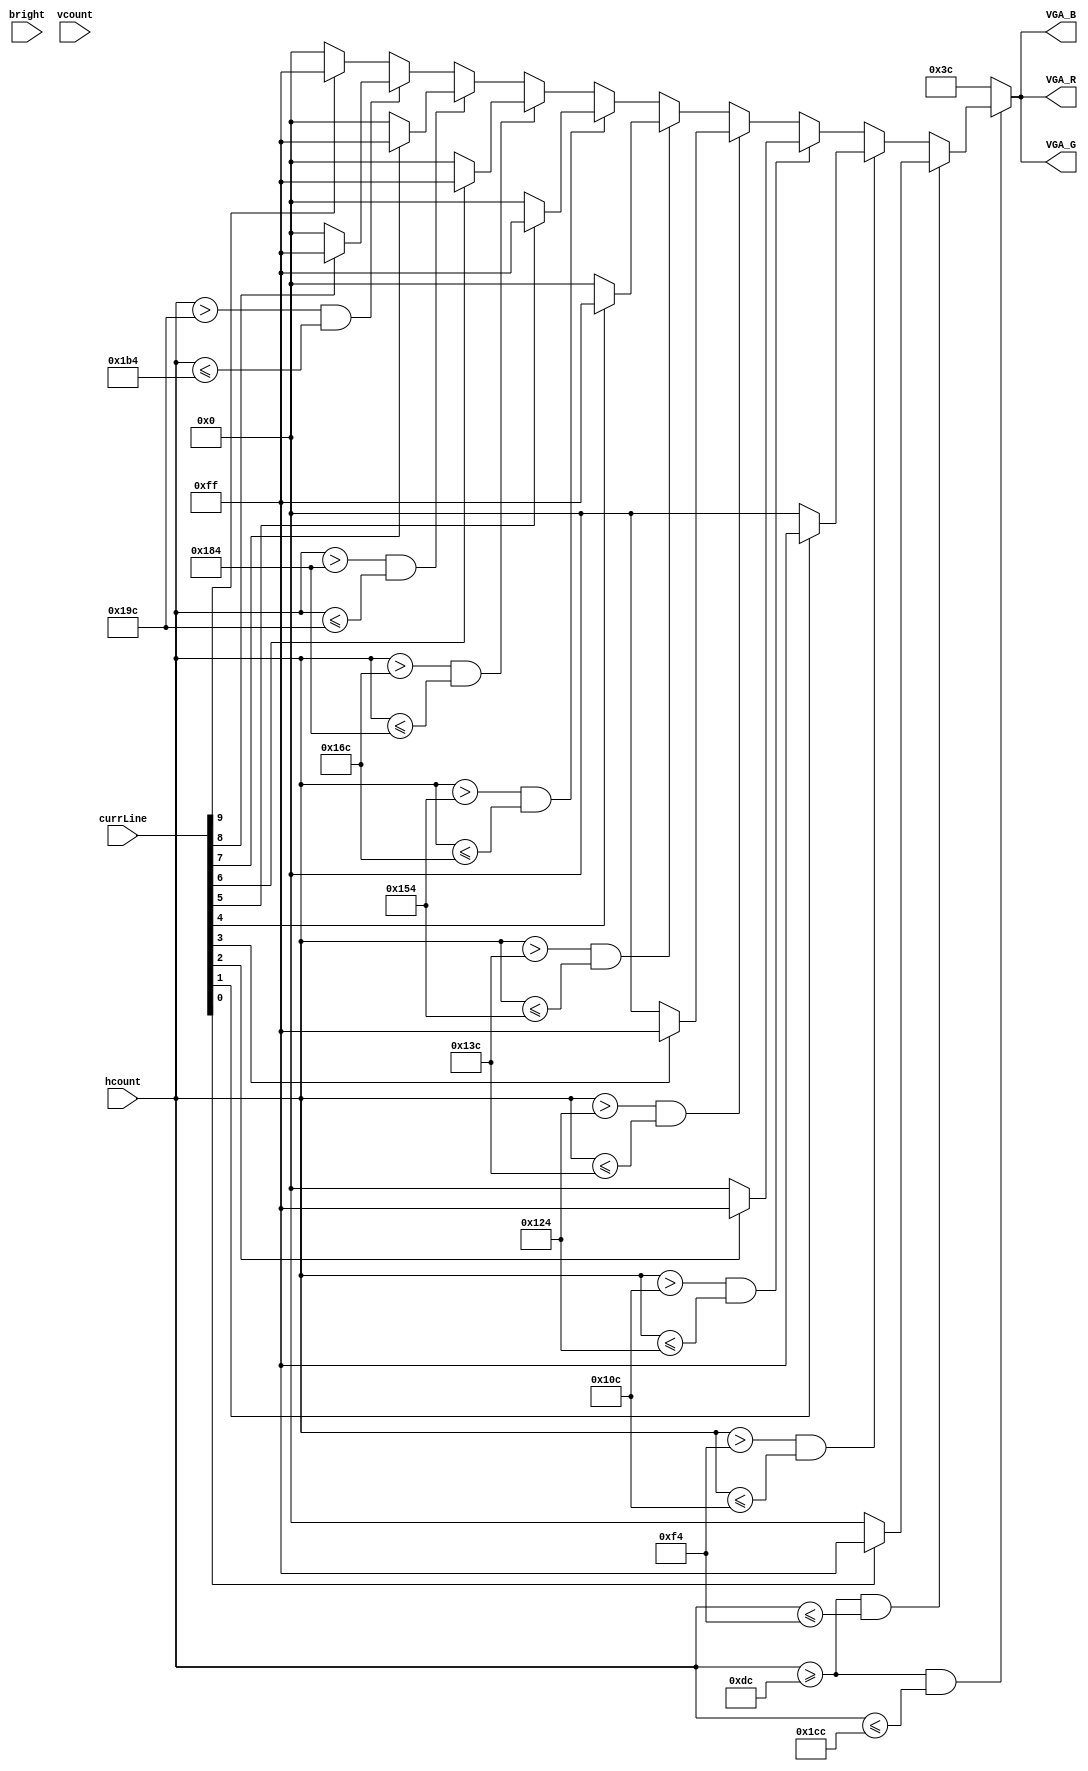
/*
	Bitgen based on a current line. We only want to use some of the board because tetris board is 10 long x 20 high. 
	Simply just checks the bit that corresponds to the horizontal block and if it is 1, draw white, otherwise just draw black 
*/
module bitgen(
	input bright,
	input [9:0] hcount,
	input [9:0] vcount,
	input [15:0] currLine,
	output reg[7:0] VGA_R,
	output reg[7:0] VGA_G,
	output  reg[7:0] VGA_B
);



always@(*)
begin
	if((hcount >= 220) && (hcount <= 460))
	begin
		if(hcount >= 220 && hcount <=244)
			begin 
			 if (currLine[0] == 1)
				begin 
					//white 
					VGA_R <= 8'b11111111;
					VGA_G <= 8'b11111111;
					VGA_B <= 8'b11111111;
					end
			 else 
			 begin 
					VGA_R <= 8'b00000000;
					VGA_G <= 8'b00000000;
					VGA_B <= 8'b00000000;
			 end
			end
		else if ( hcount > 244 && hcount <= 268)
			begin 
			 if (currLine[1] == 1)
				begin 
					//white 
					VGA_R <= 8'b11111111;
					VGA_G <= 8'b11111111;
					VGA_B <= 8'b11111111;
				end 
				else 
			 begin 
					VGA_R <= 8'b00000000;
					VGA_G <= 8'b00000000;
					VGA_B <= 8'b00000000;
			 end
			end
		else if ( hcount > 268 && hcount <= 292)
			begin 
			 if (currLine[2] == 1)
				begin 
				//white 
					VGA_R <= 8'b11111111;
					VGA_G <= 8'b11111111;
					VGA_B <= 8'b11111111; 
				end else 
			 begin 
					VGA_R <= 8'b00000000;
					VGA_G <= 8'b00000000;
					VGA_B <= 8'b00000000;
			 end
			end
		else if ( hcount > 292 && hcount <= 316)
			begin 
				 if (currLine[3] == 1)
					begin 
					//white 
					VGA_R <= 8'b11111111;
					VGA_G <= 8'b11111111;
					VGA_B <= 8'b11111111;
					end else 
			 begin 
					VGA_R <= 8'b00000000;
					VGA_G <= 8'b00000000;
					VGA_B <= 8'b00000000;
			 end
				end
		else if ( hcount > 316 && hcount <= 340)
			begin 
			 if (currLine[4] == 1)
				begin 
					//white 
					VGA_R <= 8'b11111111;
					VGA_G <= 8'b11111111;
					VGA_B <= 8'b11111111;
				end else 
			 begin 
					VGA_R <= 8'b00000000;
					VGA_G <= 8'b00000000;
					VGA_B <= 8'b00000000;
			 end
			end
		else if ( hcount > 340 && hcount <= 364)
			begin 
			 if (currLine[5] == 1)
				begin 
					//white 
					VGA_R <= 8'b11111111;
					VGA_G <= 8'b11111111;
					VGA_B <= 8'b11111111; 
				end 
				else 
			 begin 
					VGA_R <= 8'b00000000;
					VGA_G <= 8'b00000000;
					VGA_B <= 8'b00000000;
			 end
			end
		else if ( hcount > 364 && hcount <= 388) 
			begin 
				 if (currLine[6] == 1)
					begin 
						//white 
					VGA_R <= 8'b11111111;
					VGA_G <= 8'b11111111;
					VGA_B<= 8'b11111111;
					end 
					else 
			 begin 
					VGA_R <= 8'b00000000;
					VGA_G <= 8'b00000000;
					VGA_B <= 8'b00000000;
			 end 
				end
		else if ( hcount > 388 && hcount <= 412)
			begin 
			 if (currLine[7] == 1)
				begin 
				//white 
					VGA_R <= 8'b11111111;
					VGA_G <= 8'b11111111;
					VGA_B <= 8'b11111111;
				end else 
			 begin 
					VGA_R <= 8'b00000000;
					VGA_G <= 8'b00000000;
					VGA_B <= 8'b00000000;
			 end
			end
		else if ( hcount > 412 && hcount <= 436) 
			begin 
			 if (currLine[8] == 1)
				begin 
					//white 
					VGA_R <= 8'b11111111;
					VGA_G <= 8'b11111111;
					VGA_B <= 8'b11111111;
				end else 
			 begin 
					VGA_R <= 8'b00000000;
					VGA_G <= 8'b00000000;
					VGA_B <= 8'b00000000;
			 end
			end
		else // last bit
			begin 
			 if (currLine[9] == 1)
				begin 
					//white 
					VGA_R <= 8'b11111111;
					VGA_G <= 8'b11111111;
					VGA_B <= 8'b11111111;
				end 
				else 
			 begin 
					VGA_R <= 8'b00000000;
					VGA_G <= 8'b00000000;
					VGA_B <= 8'b00000000;
			 end
			end
		end 
	else 
		begin 	// color is black
					VGA_R <= 8'b00111100;
					VGA_G <= 8'b00111100;
					VGA_B <= 8'b00111100;
		
       end
    end 

endmodule